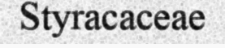
Styracaceae